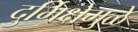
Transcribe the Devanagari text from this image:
दुर्भिक्षेमुळे